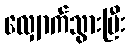
လျှောက်သွားပြီး